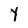
Character: Y